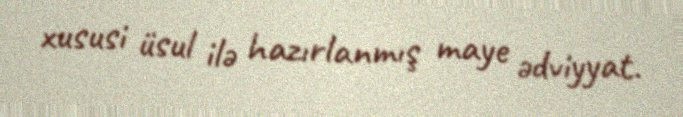
xususi üsul ilə hazırlanmış maye ədviyyat.